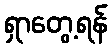
ရှာတွေ့ရန်